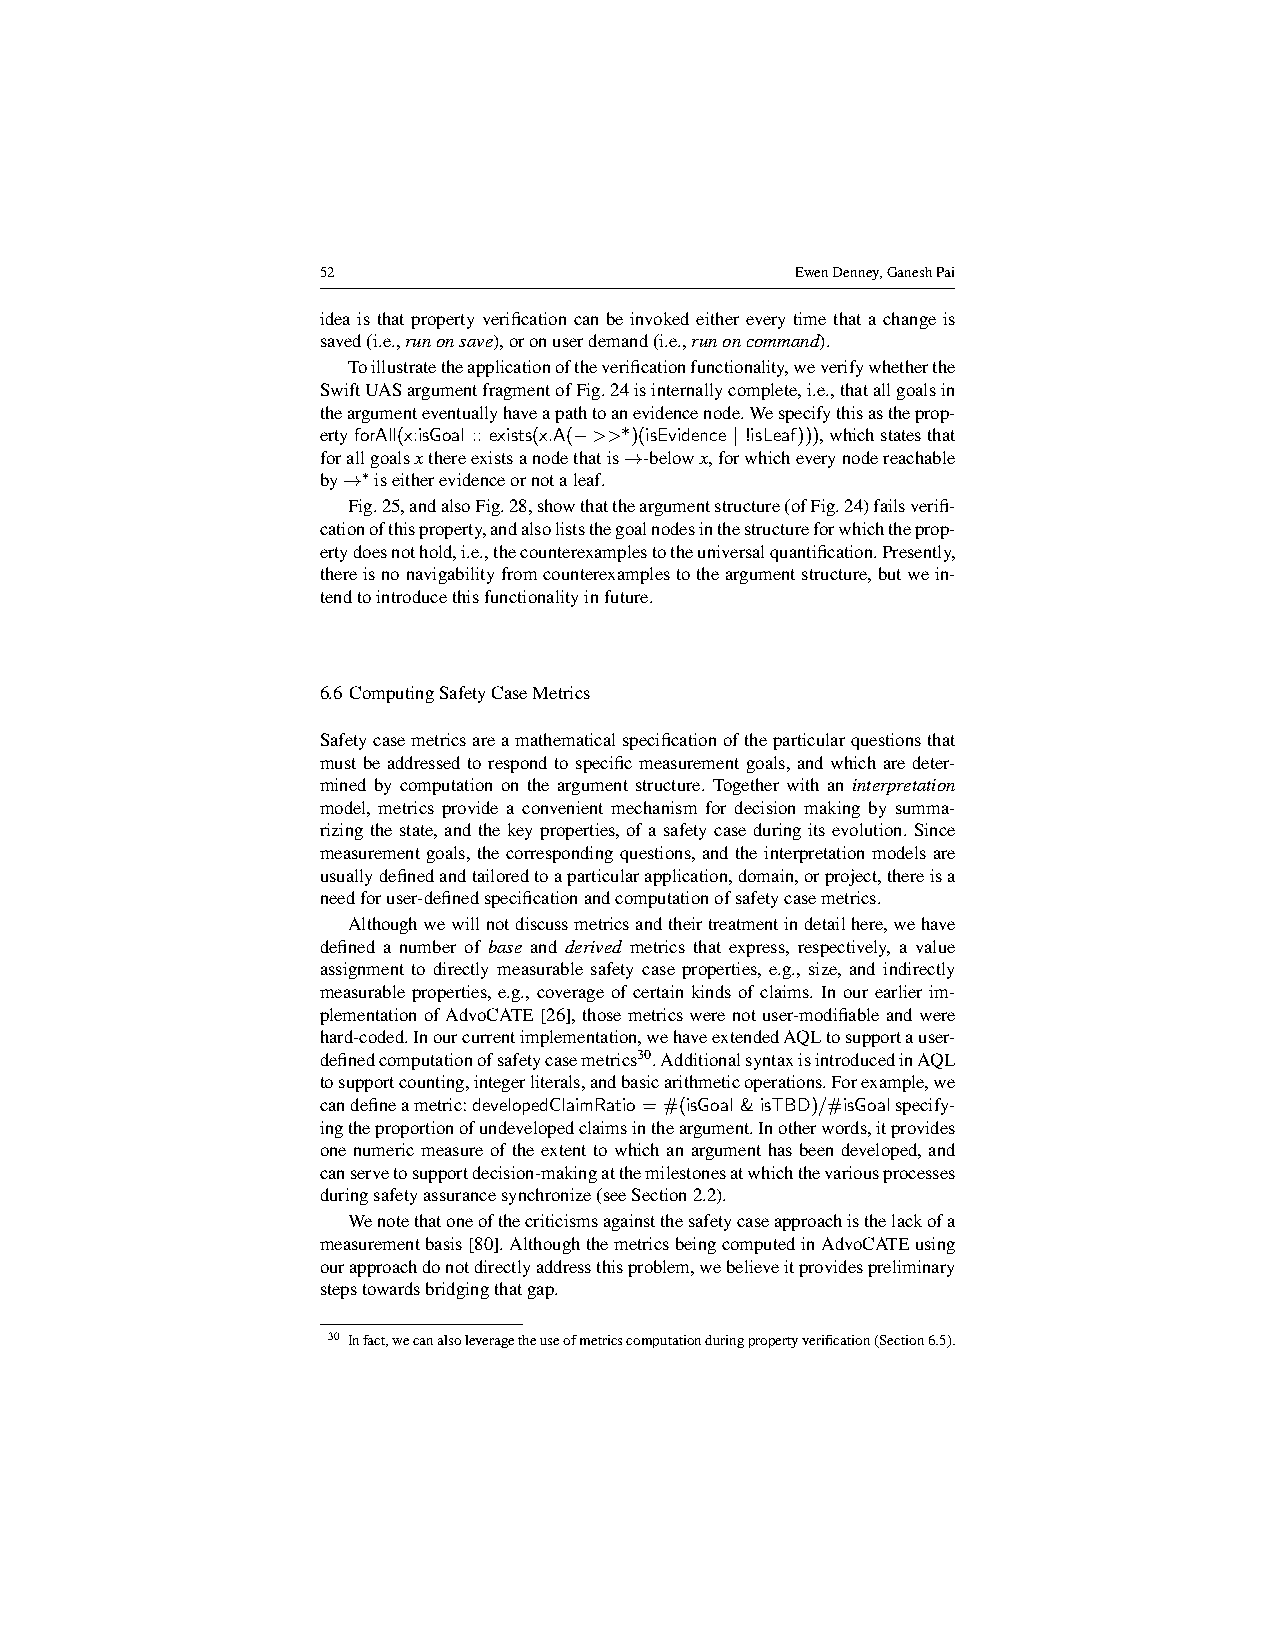
52                              EwenDenney,GaneshPai
 idea is that property verification can be invoked either every time that a change is
 saved(i.e.,runonsave),oronuserdemand(i.e.,runoncommand).
 Toillustratetheapplicationoftheverificationfunctionality,weverifywhetherthe
 SwiftUASargumentfragmentofFig.24isinternallycomplete,i.e.,thatallgoalsin
 theargumenteventuallyhaveapathtoanevidencenode.Wespecifythisastheprop-
 ertyforAll(x:isGoal :: exists(x.A( >>*)(isEvidence !isLeaf))),whichstatesthat
           |
 forallgoalsxthereexistsanodethatis -belowx,forwhicheverynodereachable
 !
 by ⇤iseitherevidenceornotaleaf.
 !
 Fig.25,andalsoFig.28,showthattheargumentstructure(ofFig.24)failsverifi-
 cationofthisproperty,andalsoliststhegoalnodesinthestructureforwhichtheprop-
 ertydoesnothold,i.e.,thecounterexamplestotheuniversalquantification.Presently,
 thereisnonavigabilityfromcounterexamplestotheargumentstructure,butwein-
 tendtointroducethisfunctionalityinfuture.
 6.6 ComputingSafetyCaseMetrics
 Safetycasemetricsareamathematicalspecificationoftheparticularquestionsthat
 must be addressed to respond to specific measurement goals, and which are deter-
 mined by computation on the argument structure. Together with an interpretation
 model, metrics provide a convenient mechanism for decision making by summa-
 rizing the state, and the key properties, of a safety case during its evolution. Since
 measurementgoals,thecorrespondingquestions,andtheinterpretationmodelsare
 usuallydefinedandtailoredtoaparticularapplication,domain,orproject,thereisa
 needforuser-definedspecificationandcomputationofsafetycasemetrics.
 Althoughwewillnotdiscussmetricsandtheirtreatmentindetailhere,wehave
 defined a number of base and derived metrics that express, respectively, a value
 assignment to directly measurable safety case properties, e.g., size, and indirectly
 measurable properties, e.g., coverage of certain kinds of claims. In our earlier im-
 plementationofAdvoCATE[26],thosemetricswerenotuser-modifiableandwere
 hard-coded.Inourcurrentimplementation,wehaveextendedAQLtosupportauser-
 definedcomputationofsafetycasemetrics30.AdditionalsyntaxisintroducedinAQL
 tosupportcounting,integerliterals,andbasicarithmeticoperations.Forexample,we
 candefineametric:developedClaimRatio=#(isGoal&isTBD)/#isGoalspecify-
 ingtheproportionofundevelopedclaimsintheargument.Inotherwords,itprovides
 one numeric measure of the extent to which an argument has been developed, and
 canservetosupportdecision-makingatthemilestonesatwhichthevariousprocesses
 duringsafetyassurancesynchronize(seeSection2.2).
 Wenotethatoneofthecriticismsagainstthesafetycaseapproachisthelackofa
 measurementbasis[80].AlthoughthemetricsbeingcomputedinAdvoCATEusing
 ourapproachdonotdirectlyaddressthisproblem,webelieveitprovidespreliminary
 stepstowardsbridgingthatgap.
 30 Infact,wecanalsoleveragetheuseofmetricscomputationduringpropertyverification(Section6.5).